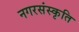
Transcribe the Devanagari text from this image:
नगरसंस्कृति